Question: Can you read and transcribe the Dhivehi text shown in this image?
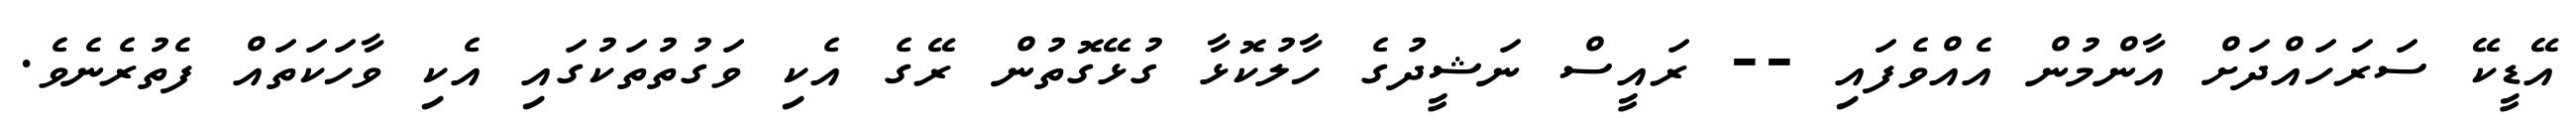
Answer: އޭޑީކޭ ސަރަހައްދަށް އާންމުން އެއްވެފައި -- ރައީސް ނަޝީދުގެ ހާލުކޮޅާ ގުޅޭގޮތުން ރޭގެ އެކި ވަގުތުތަކުގައި އެކި ވާހަކަތައް ފެތުރެނެވެ.